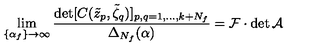
\lim _ { \{ \alpha _ { f } \} \to \infty } \frac { \det [ C ( \tilde { z } _ { p } , \tilde { \zeta } _ { q } ) ] _ { p , q = 1 , \dots , k + N _ { f } } } { \Delta _ { N _ { f } } ( \alpha ) } = \mathcal { F } \cdot \det \mathcal { A }